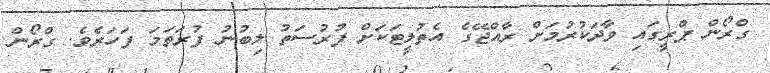
ގްރޯން ޕްރީގައި ވާދަކުރުމަށް ރާއްޖޭގެ އެތުލީޓަކަށް ފުރުސަތު ލިބުނު ފުރަތަމަ ފަހަރެވެ. ގްރޯން